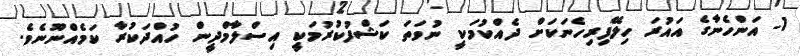
1- އަންހެނާގެ އައުރަ ހިލޭފިރިހެނަކަށް ދެއްކުމަކީ ނުވަތަ ކަޝްފުކުރުމަކީ އިސްލާމްދީން ހުއްދަކުރާ ކަމެއްނޫނެވެ.